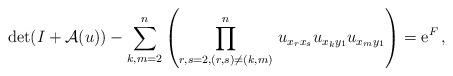
LaTeX: \begin{align*}{\rm det}(I+\mathcal A(u))-\sum_{k,m=2}^n\left(\prod _{r,s=2, (r,s)\neq (k,m) }^n\, u_{x_rx_s}u_{x_ky_1}u_{x_my_1}\right)={\rm e}^F\,,\end{align*}